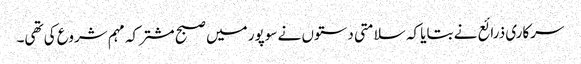
سرکاری ذرائع نے بتایا کہ سلامتی دستوں نے سوپور میں صبح مشترکہ مہم شروع کی تھی۔